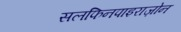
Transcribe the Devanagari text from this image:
सलफिनपाइराज़ोन